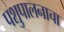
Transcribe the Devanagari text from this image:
पशुपालनाचा